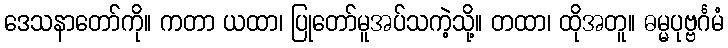
ဒေသနာတော်ကို။ ကတာ ယထာ၊ ပြုတော်မူအပ်သကဲ့သို့။ တထာ၊ ထိုအတူ။ ဓမ္မပုဗ္ဗင်္ဂမံ